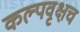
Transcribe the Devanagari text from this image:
कल्पवृक्षच